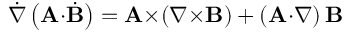
{ \dot { \nabla } } \left( \mathbf { A } { \cdot } { \dot { \mathbf { B } } } \right) = \mathbf { A } { \times } \! \left( \nabla { \times } \mathbf { B } \right) + \left( \mathbf { A } { \cdot } \nabla \right) \mathbf { B }